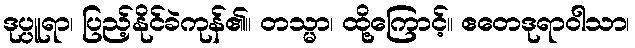
ဒုပ္ပူရာ၊ ပြည့်နိုင်ခဲကုန်၏။ တသ္မာ၊ ထို့ကြောင့်။ ဧတေဒုရာဝါသာ၊